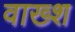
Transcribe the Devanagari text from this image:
वाख्श